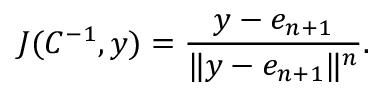
J ( C ^ { - 1 } , y ) = { \frac { y - e _ { n + 1 } } { \| y - e _ { n + 1 } \| ^ { n } } } .